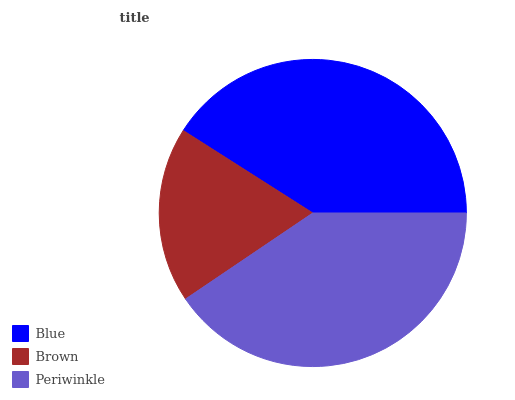
| Blue | Brown | Periwinkle |
 | --- | --- | --- |
 | 40.9% | 18.5% | 40.6% |